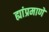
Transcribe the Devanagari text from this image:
ह्यांप्रमाणे